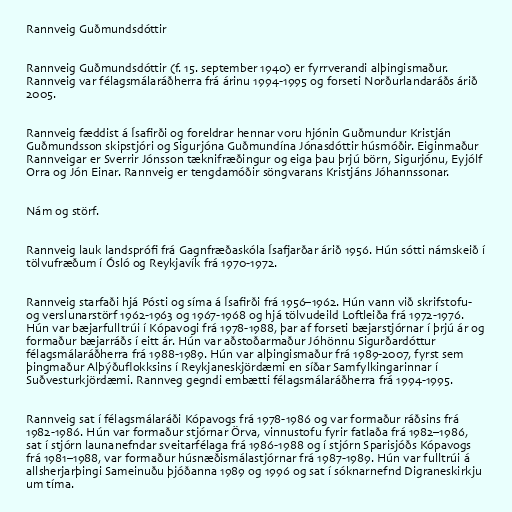
Rannveig Guðmundsdóttir

Rannveig Guðmundsdóttir (f. 15. september 1940) er fyrrverandi alþingismaður.
Rannveig var félagsmálaráðherra frá árinu 1994-1995 og forseti Norðurlandaráðs árið
2005.

Rannveig fæddist á Ísafirði og foreldrar hennar voru hjónin Guðmundur Kristján
Guðmundsson skipstjóri og Sigurjóna Guðmundína Jónasdóttir húsmóðir. Eiginmaður
Rannveigar er Sverrir Jónsson tæknifræðingur og eiga þau þrjú börn, Sigurjónu, Eyjólf
Orra og Jón Einar. Rannveig er tengdamóðir söngvarans Kristjáns Jóhannssonar.

Nám og störf.

Rannveig lauk landsprófi frá Gagnfræðaskóla Ísafjarðar árið 1956. Hún sótti námskeið í
tölvufræðum í Ósló og Reykjavík frá 1970-1972.

Rannveig starfaði hjá Pósti og síma á Ísafirði frá 1956–1962. Hún vann við skrifstofu-
og verslunarstörf 1962-1963 og 1967-1968 og hjá tölvudeild Loftleiða frá 1972-1976.
Hún var bæjarfulltrúi í Kópavogi frá 1978-1988, þar af forseti bæjarstjórnar í þrjú ár og
formaður bæjarráðs í eitt ár. Hún var aðstoðarmaður Jóhönnu Sigurðardóttur
félagsmálaráðherra frá 1988-1989. Hún var alþingismaður frá 1989-2007, fyrst sem
þingmaður Alþýðuflokksins í Reykjaneskjördæmi en síðar Samfylkingarinnar í
Suðvesturkjördæmi. Rannveg gegndi embætti félagsmálaráðherra frá 1994-1995.

Rannveig sat í félagsmálaráði Kópavogs frá 1978-1986 og var formaður ráðsins frá
1982-1986. Hún var formaður stjórnar Örva, vinnustofu fyrir fatlaða frá 1982–1986,
sat í stjórn launanefndar sveitarfélaga frá 1986-1988 og í stjórn Sparisjóðs Kópavogs
frá 1981–1988, var formaður húsnæðismálastjórnar frá 1987-1989. Hún var fulltrúi á
allsherjarþingi Sameinuðu þjóðanna 1989 og 1996 og sat í sóknarnefnd Digraneskirkju
um tíma.